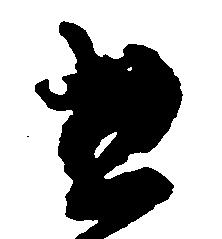
惣